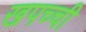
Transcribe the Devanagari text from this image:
खपच्ची